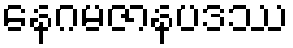
နေဂမဇာနပဒဿ